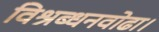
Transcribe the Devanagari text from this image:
विश्रब्धनवोढा।